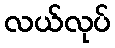
လယ်လုပ်